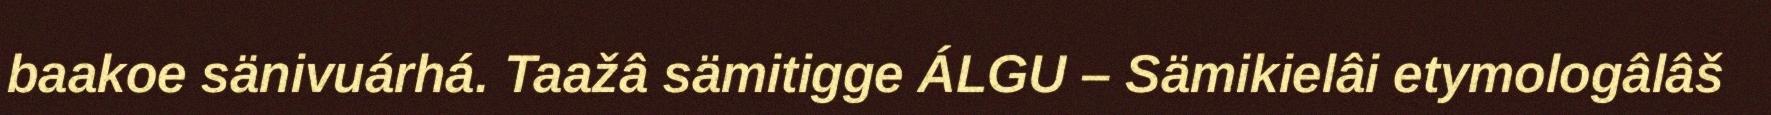
baakoe sänivuárhá. Taažâ sämitigge ÁLGU – Sämikielâi etymologâlâš